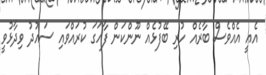
އެއީ އެއްވެސް ބާރެއް ހުރި ބޭފުޅެއް ނޫންކަން ފާހަގަ ކުރައްވައި ސައުދު ވިދާޅުވީ